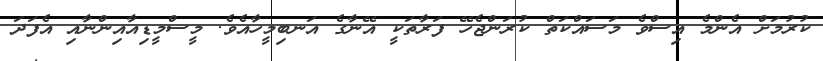
ކުރުމަށް އެންމެ އިސްވެ މަސައްކަތް ކުރަންޖެހޭ ފަރާތަކީ އޭނާގެ އަނބިމީހާއެވެ. މީސްމީޑިއާއިންނާއި އެފަދަ